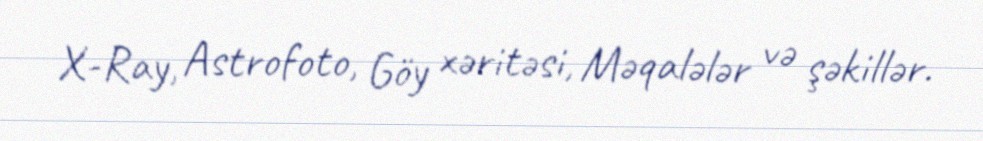
X-Ray, Astrofoto, Göy xəritəsi, Məqalələr və şəkillər.